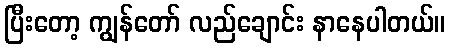
ပြီးတော့ ကျွန်တော် လည်ချောင်း နာနေပါတယ်။